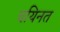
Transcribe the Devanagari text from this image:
चयिनत